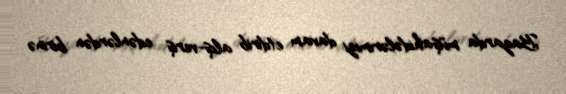
Bazarda müşahidələrimizi davam etdirib alış-veriş edənlərdən birinə